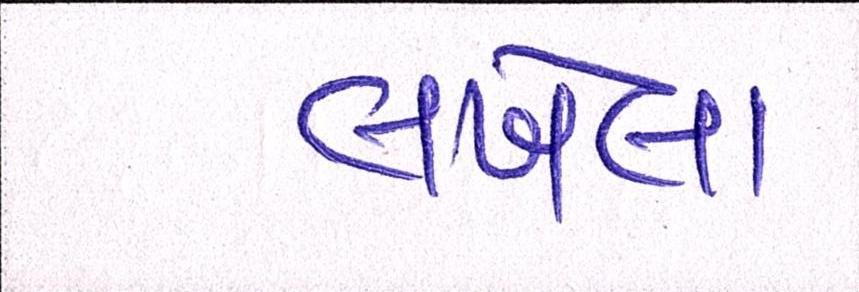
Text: લખેલા